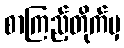
စာကြည့်တိုက်မှ